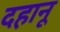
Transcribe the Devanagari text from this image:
दहानू